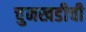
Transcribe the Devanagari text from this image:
चुनखडीची